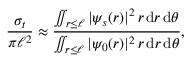
\frac { \sigma _ { t } } { \pi \ell ^ { 2 } } \approx \frac { \iint _ { r \le \ell } \vert \psi _ { s } ( r ) \vert ^ { 2 } \, r \, \mathrm { d } r \, \mathrm { d } \theta } { \iint _ { r \le \ell } \vert \psi _ { 0 } ( r ) \vert ^ { 2 } \, r \, \mathrm { d } r \, \mathrm { d } \theta } ,